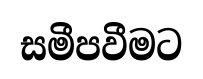
සමීපවීමට